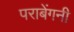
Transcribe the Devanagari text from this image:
पराबेंगनी